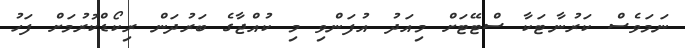
ނަމަަވެސް ކަރުނާޓަކާ ސްޓޭޓަށް މިއަދު އުފަންވި މި ކުއްޖާގެ ބަރުދަން ރިކޯޑްކުރުމަށް ފަހު